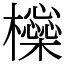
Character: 㰑